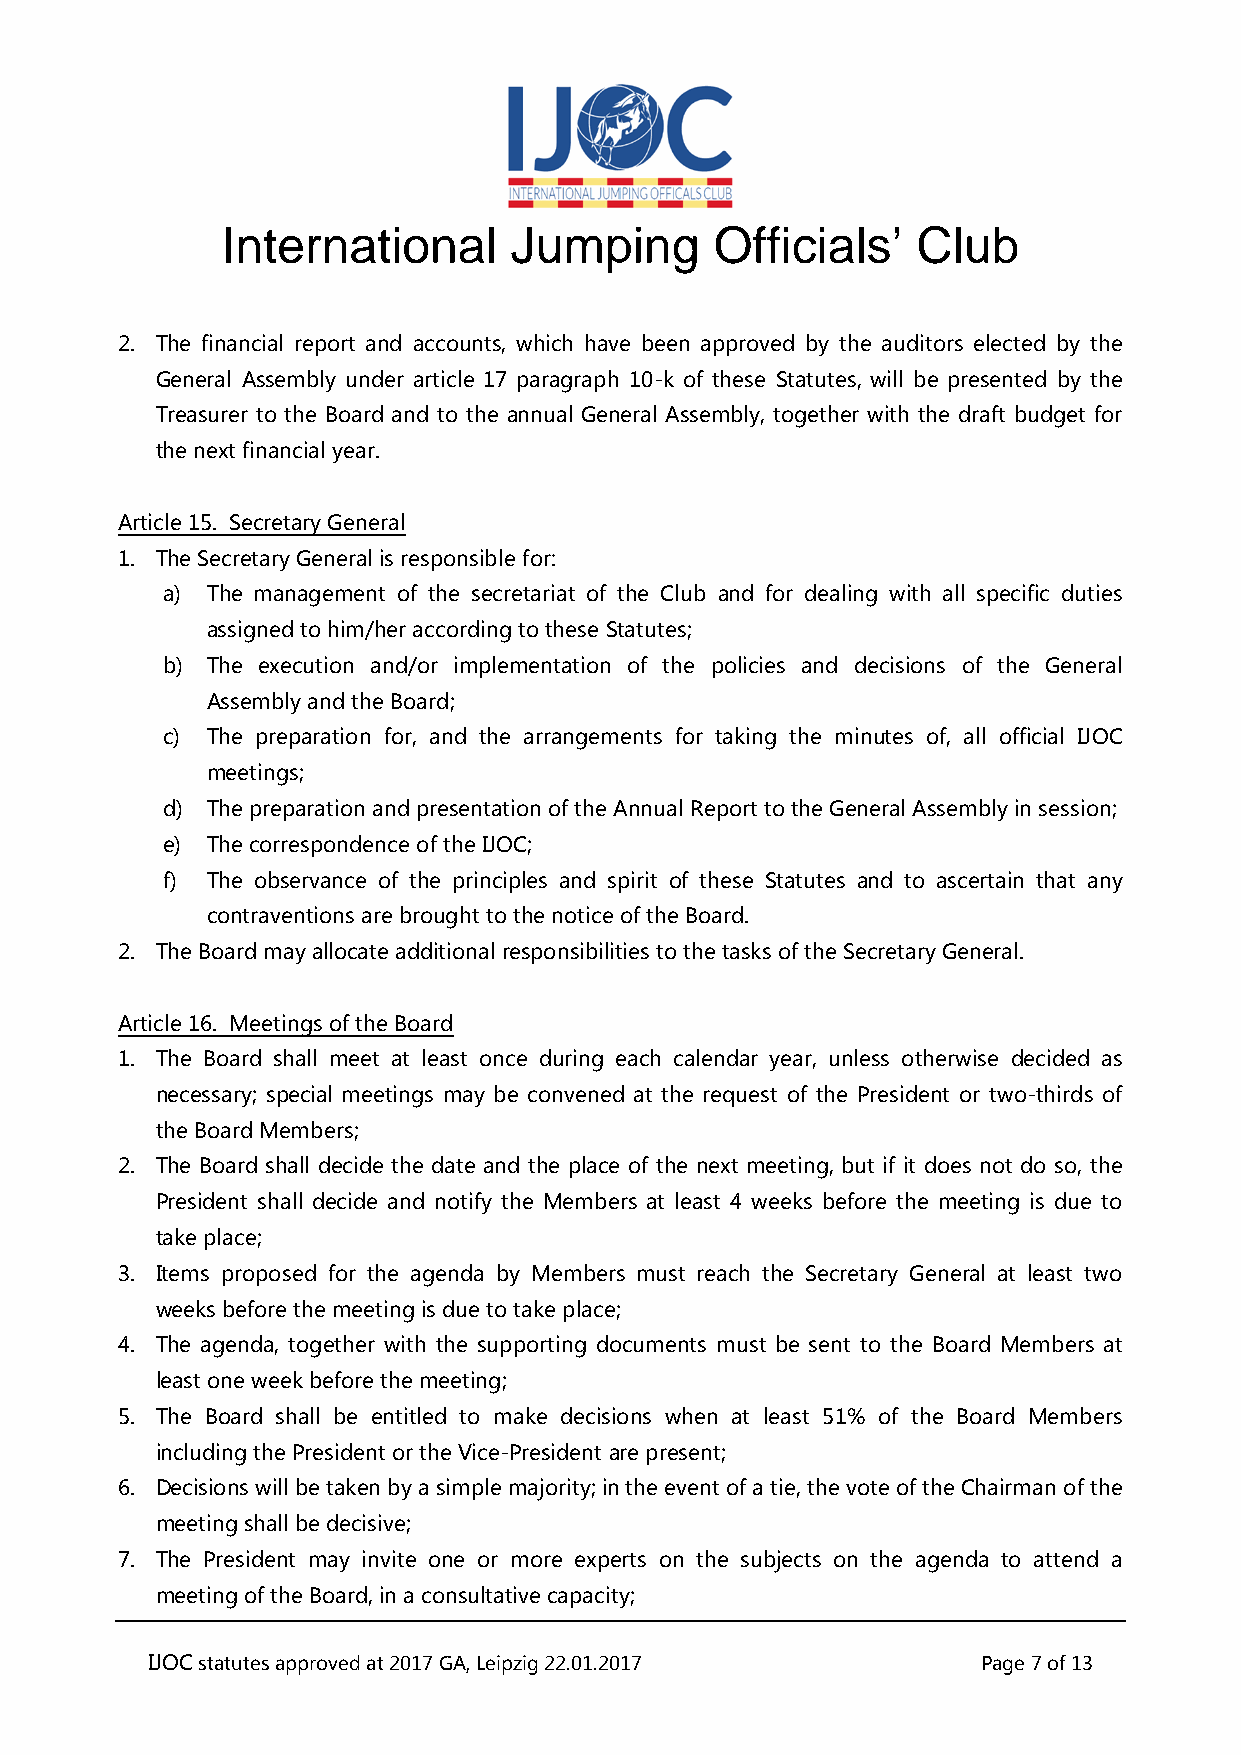
International      Jumping      Officials’    Club
 2. The financial report and accounts, which have been approved by the auditors elected by the
 General Assembly under article 17 paragraph 10-k of these Statutes, will be presented by the
 Treasurer to the Board and to the annual General Assembly, together with the draft budget for
 the next financial year.
 Article 15. Secretary General
 1. The Secretary General is responsible for:
 a) The management of the secretariat of the Club and for dealing with all specific duties
 assigned to him/her according to these Statutes;
 b) The execution and/or implementation of the policies and decisions of the General
 Assembly and the Board;
 c) The preparation for, and the arrangements for taking the minutes of, all official IJOC
 meetings;
 d) The preparation and presentation of the Annual Report to the General Assembly in session;
 e) The correspondence of the IJOC;
 f) The observance of the principles and spirit of these Statutes and to ascertain that any
 contraventions are brought to the notice of the Board.
 2. The Board may allocate additional responsibilities to the tasks of the Secretary General.
 Article 16. Meetings of the Board
 1. The Board shall meet at least once during each calendar year, unless otherwise decided as
 necessary; special meetings may be convened at the request of the President or two-thirds of
 the Board Members;
 2. The Board shall decide the date and the place of the next meeting, but if it does not do so, the
 President shall decide and notify the Members at least 4 weeks before the meeting is due to
 take place;
 3. Items proposed for the agenda by Members must reach the Secretary General at least two
 weeks before the meeting is due to take place;
 4. The agenda, together with the supporting documents must be sent to the Board Members at
 least one week before the meeting;
 5. The Board shall be entitled to make decisions when at least 51% of the Board Members
 including the President or the Vice-President are present;
 6. Decisions will be taken by a simple majority; in the event of a tie, the vote of the Chairman of the
 meeting shall be decisive;
 7. The President may invite one or more experts on the subjects on the agenda to attend a
 meeting of the Board, in a consultative capacity;
 IJOC statutes approved at 2017 GA, Leipzig 22.01.2017  Page 7 of 13